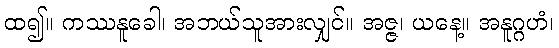
ထ၍။ ကဿနူခေါ၊ အဘယ်သူအားလျှင်။ အဇ္ဇ၊ ယနေ့။ အနူဂ္ဂဟံ၊